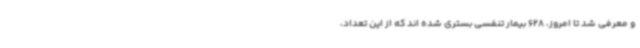
و معرفی شد تا امروز، 628 بیمار تنفسی بستری شده اند که از این تعداد،